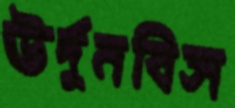
ঊর্দুনবিস